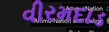
વીરમદાડ